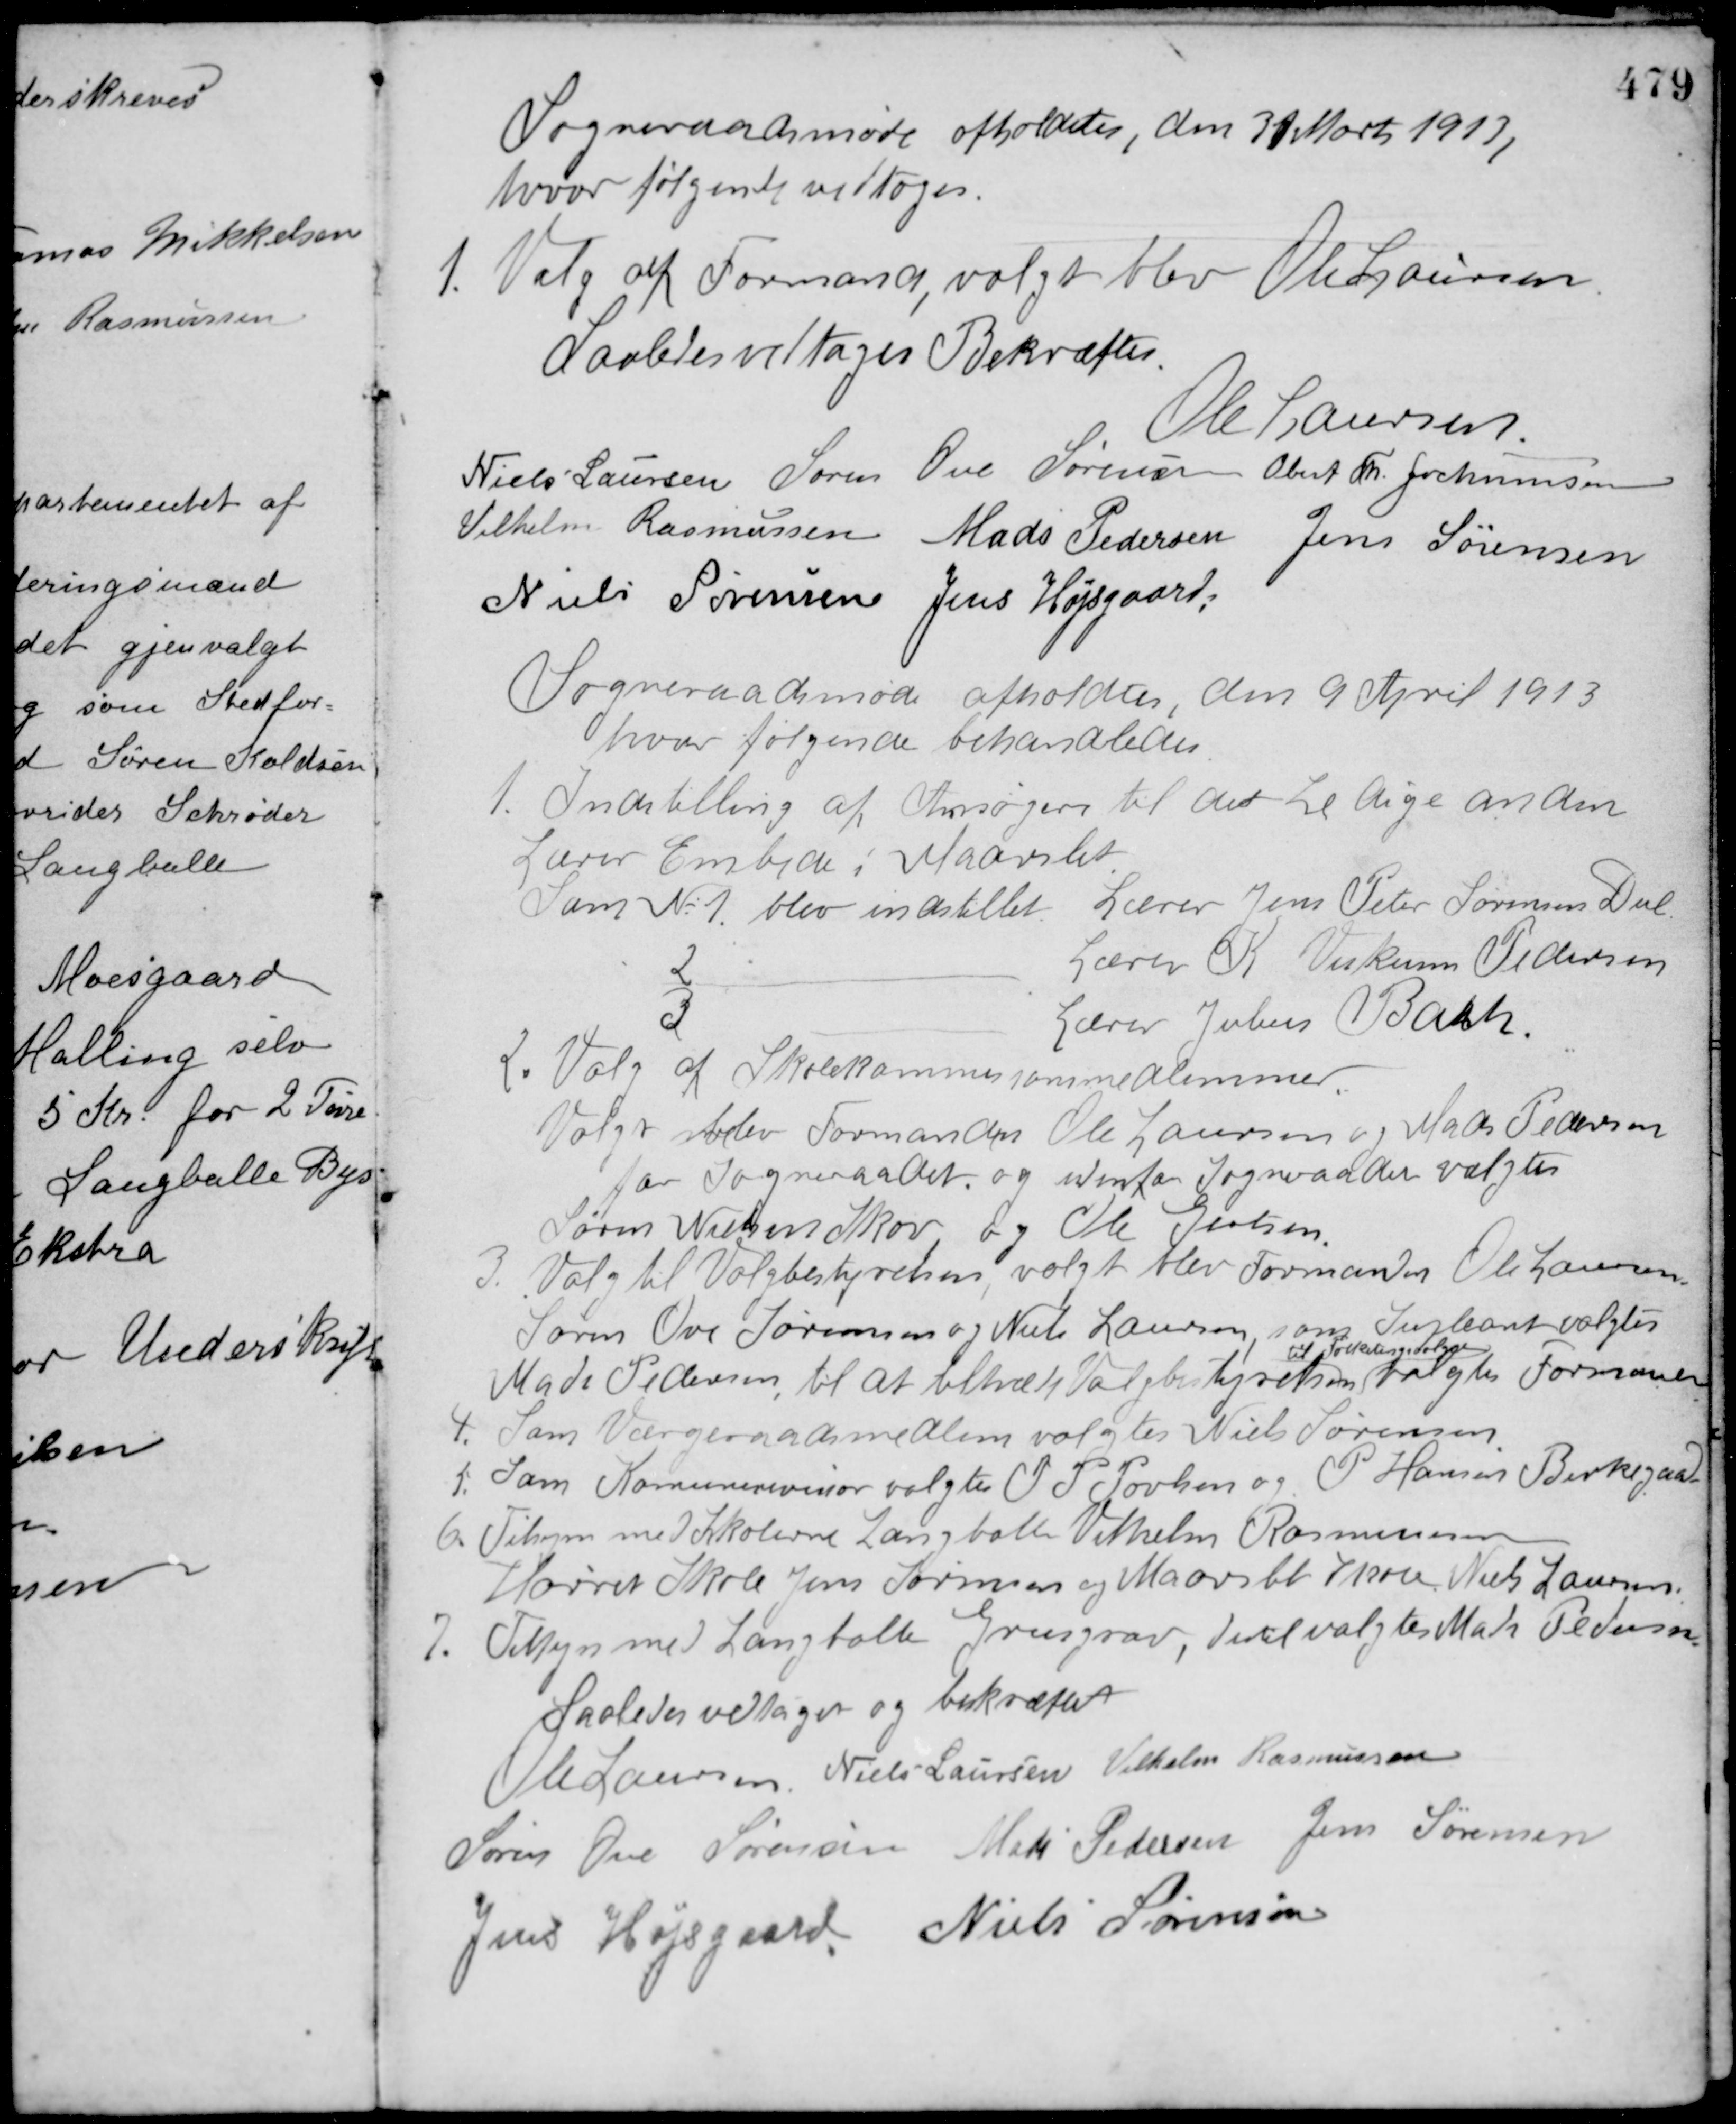
Transskription:
Sogneraadsmøde afholdtes, den 31 Marts 1913
hvor følgende vedtoges.
1. Valg af Formand, valgt blev Ole Laursen.
Saaledes vedtaget Bekræftes
Ole Laursen
Niels Laursen Søren Ove Sørensen Obert Th. Jochumsen
Vilhelm Rasmussen Mads Pedersen Jens Sørensen
Niels Sørensen Jens Højsgaard
Sogneraadsmøde afholdtes, den 9 April 1913
hvor følgende behandledes.
1. Indstilling af Ansøgere til det ledige anden
Lærer Embede i Maarslet.
Som No 1 blev indstillet. Lærer Jens Peter Sørensens Dal
Lærer K. Viskum Pedersen
2
Lærer Julius Bach.
2. Valg af Skolekommisionsmedlemmer.
3
Valgt blev Formanden Ole Laursen og Mads Pedersen
for Sogneraadet, og udenfor Sogneraadet valgtes
Søren Nielsen Skov og Ole Gertsen.
3. Valg til Valgbestyrelsen, valgt blev Formanden Ole Laursen
Søren Ove Sørensen og Niels Laursen som Supleant valgtes
Mads Pedersen til at tiltræde Valgbestyrelsen
til Folketingsvalget
valgtes Formanden.
4. Som Værgeraadsmedlem valgtes Niels Sørensen.
5. Som Kommunerevisor valgtes O. P. Povlsen og P Hansen Birkegaard.
6. Tilsyn med Skolerne Langballe Vilhelm Rasmusssen
Hørret Skole Jens Sørensen og Maarslet Skole Niels Laursen.
7. Tilsyn med Langballe Grusgrav, dertil valgtes Mads Pedersen.
Saaledes vedtaget og bekræftet
Ole Laursen Niels Laursen Vilhelm Rasmussen
Søren Ove Sørensen Mads Pedersen Jens Sørensen
Jens Højsgaard Niels Sørensen